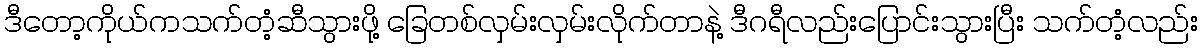
ဒီတော့ကိုယ်ကသက်တံ့ဆီသွားဖို့ ခြေတစ်လှမ်းလှမ်းလိုက်တာနဲ့ ဒီဂရီလည်းပြောင်းသွားပြီး သက်တံ့လည်း